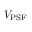
V _ { \mathrm { P S F } }